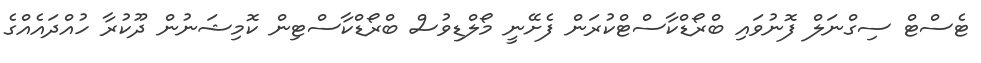
ޓެސްޓް ސިގްނަލް ފޮނުވައި ބްރޯޑްކާސްޓްކުރަން ފެށޭނީ މޯލްޑިވުސް ބްރޯޑްކާސްޓިން ކޮމިޝަނުން ދޫކުރާ ހުއްދައެއްގެ